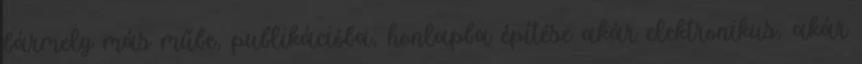
bármely más műbe, publikációba, honlapba építése akár elektronikus, akár